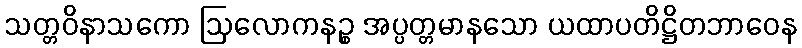
သတ္တဝိနာသကော ဩလောကနဉ္စ အပ္ပတ္တမာနသော ယထာပတိဋ္ဌိတဘာဝေန